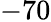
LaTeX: -70